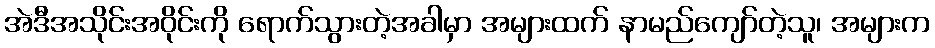
အဲဒီအသိုင်းအဝိုင်းကို ရောက်သွားတဲ့အခါမှာ အများထက် နာမည်ကျော်တဲ့သူ၊ အများက